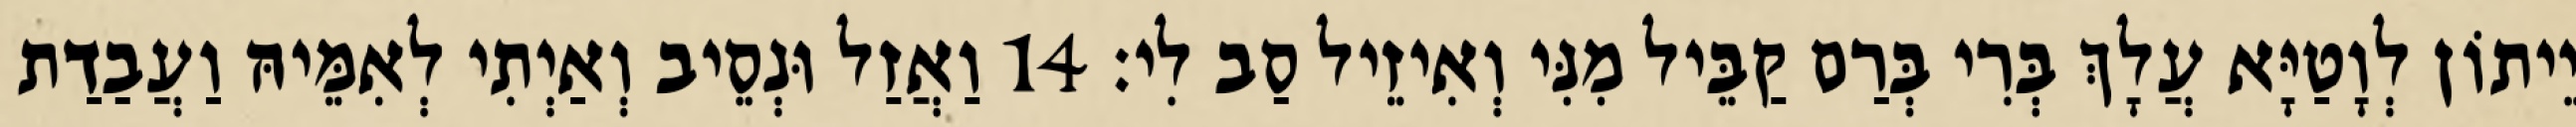
יֵיתוֹן לְוָטַיָּא עֲלָךְ בְּרִי בְּרַם קַבֵּיל מִנִּי וְאִיזֵיל סַב לִי׃ 14 וַאֲזַל וּנְסֵיב וְאַיְתִי לְאִמֵּיהּ וַעֲבַדַת